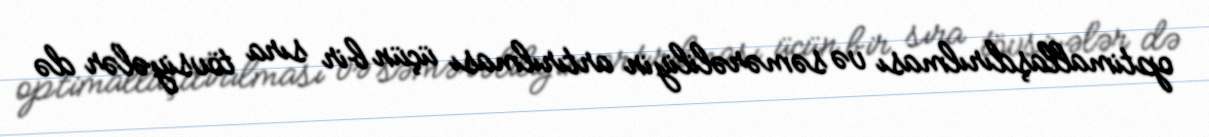
optimallaşdırılması və səmərəliliyin artırılması üçün bir sıra tövsiyələr də